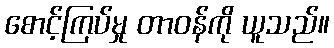
စောင့်ကြပ်မှု တာဝန်ကို ယူသည်။